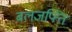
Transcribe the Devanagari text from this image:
बलजफ्ति